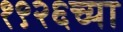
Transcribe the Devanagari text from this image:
१९२६च्या